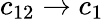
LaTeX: c_{12}\to c_{1}